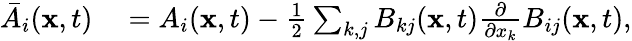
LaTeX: \begin{array}{rl}{\bar{A}_{i}(\textbf{x},t)}&{{}=A_{i}(\textbf{x},t)-\frac{1}{2}\sum_{k,j}B_{kj}(\textbf{x},t)\frac{\partial}{\partial x_{k}}B_{ij}(\textbf{x},t),}\end{array}